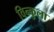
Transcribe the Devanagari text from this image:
विन्कुला